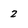
Character: 2